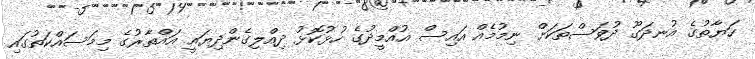
ހަޔާތުގެ އުނދަގޫ ދުވަސްތަކަށް ނިމުމެެެއް އައިސް އުއްމީދުގެ ހުޅުކޮޅު ދިއްލިގެންދިޔައީ އައްތާރުގެ މިމަސައްކަތުގައި